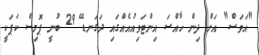
"އަވަސް" އަށް ދިން ހާއްސަ އިންޓަވިއުއެއްްގައި ދަގަނޑޭ 29 ބުނީ ޕޮމިސް ކަޕަކީ